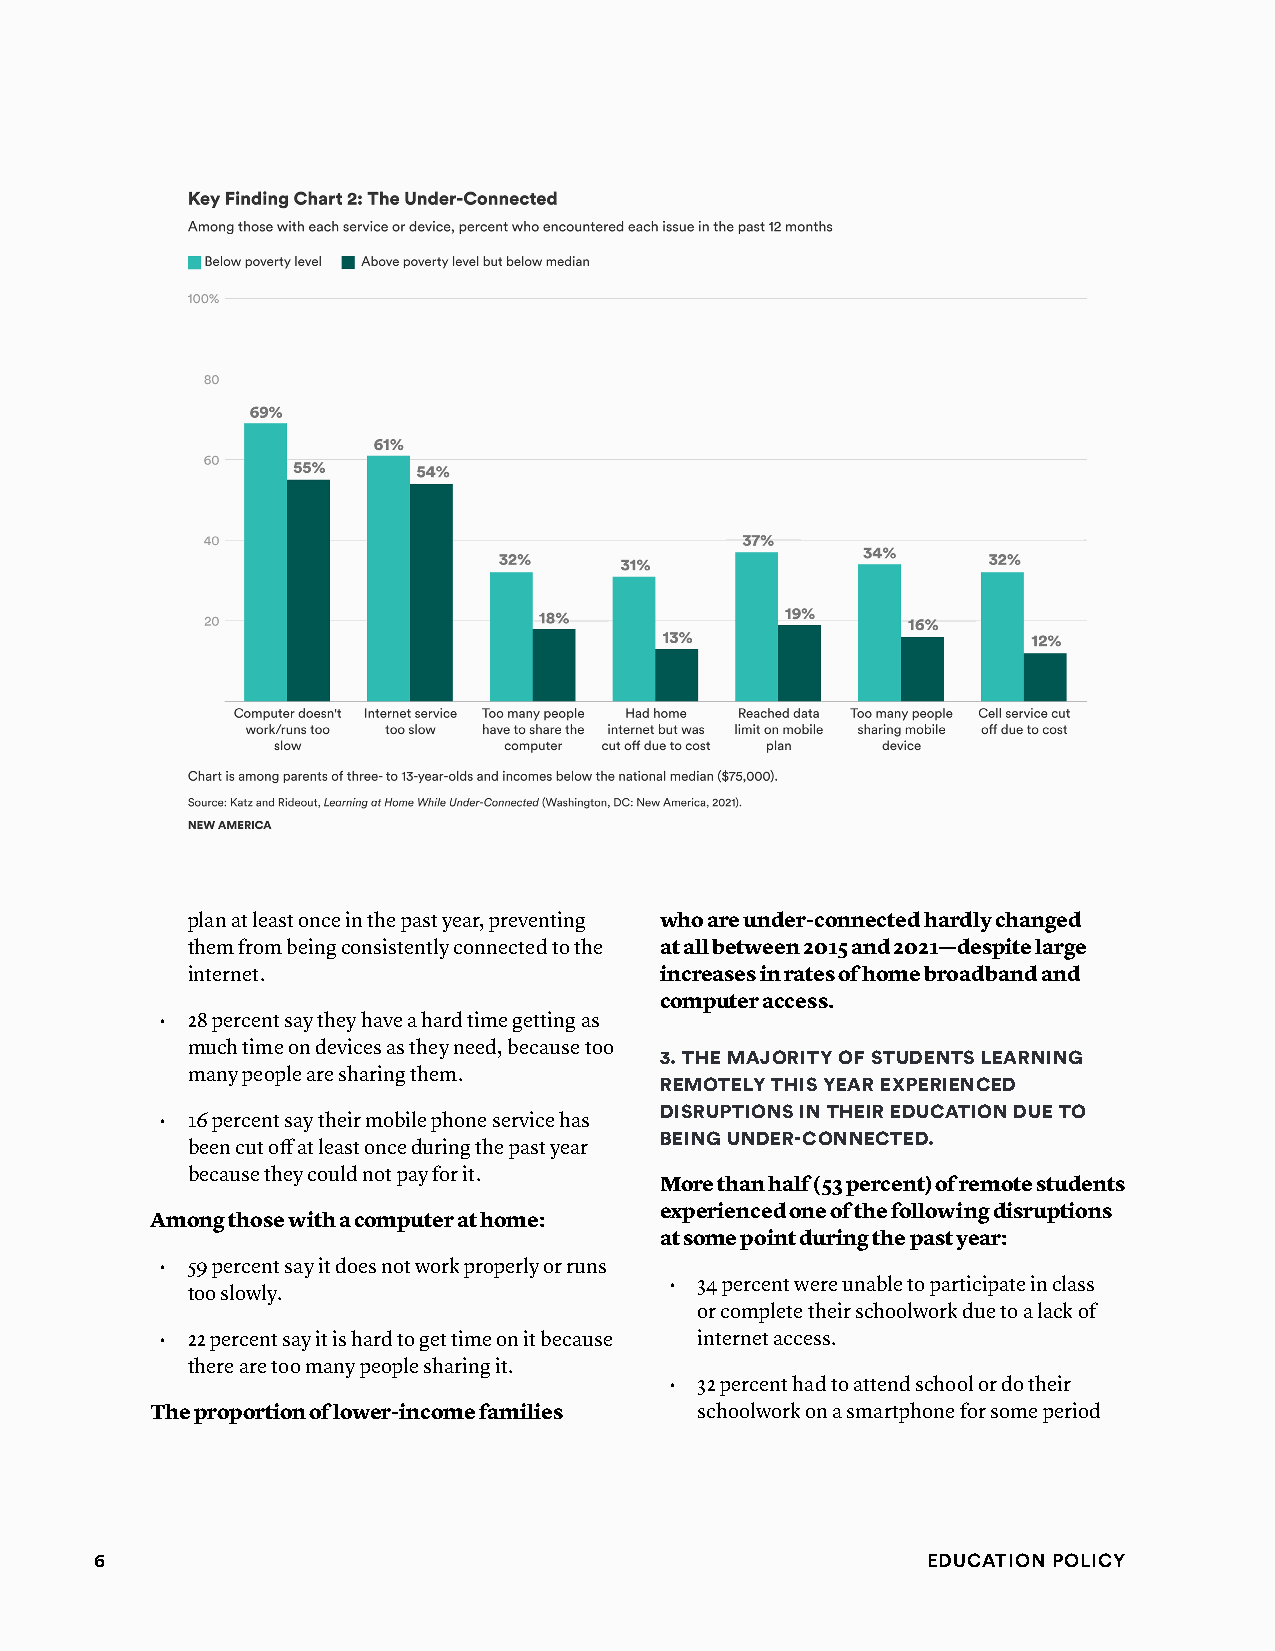
plan at least once in the past year, preventing who are under-connected hardly changed
 them from being consistently connected to the at all between 2015 and 2021—despite large
 internet.                       increases in rates of home broadband and
 computer access.
 • 28 percent say they have a hard time getting as
 much time on devices as they need, because too
 3. ThE mAjORiTy Of sTudEnTs lEARning
 many people are sharing them.
 REmOTEly This yEAR ExPERiEnCEd
 disRuPTiOns in ThEiR EduCATiOn duE TO
 • 16 percent say their mobile phone service has
 bEing undER-COnnECTEd.
 been cut off at least once during the past year
 because they could not pay for it.
 More than half (53 percent) of remote students
 experienced one of the following disruptions
 Among those with a computer at home:
 at some point during the past year:
 • 59 percent say it does not work properly or runs
 • 34 percent were unable to participate in class
 too slowly.
 or complete their schoolwork due to a lack of
 • 22 percent say it is hard to get time on it because internet access.
 there are too many people sharing it.
 • 32 percent had to attend school or do their
 The proportion of lower-income families schoolwork on a smartphone for some period
 6                                                      Education Policy